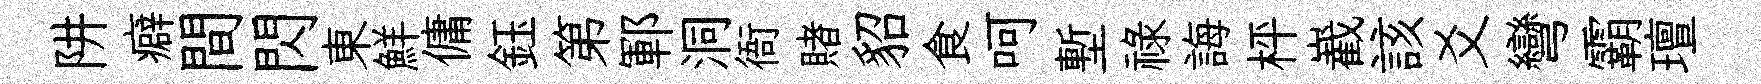
阱癖間閃東鮮傭鈺第鄆洞衙賭貂食呵塹禄誨枰嶻該爻彎霸璮